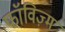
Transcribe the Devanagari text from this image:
फॉविज़्म